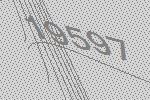
19597